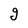
Character: g